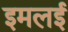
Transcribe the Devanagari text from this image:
इमलई